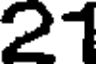
21